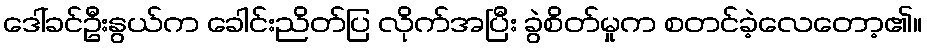
ဒေါ်ခင်ဦးနွယ်က ခေါင်းညိတ်ပြ လိုက်အပြီး ခွဲစိတ်မှုက စတင်ခဲ့လေတော့၏။